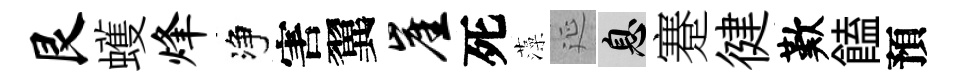
艮蠖烽净害翼崖死藻延息蹇徤歎饁預